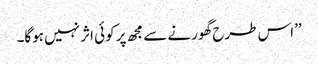
’’اس طرح گھورنے سے مجھ پر کوئی اثر نہیں ہوگا۔